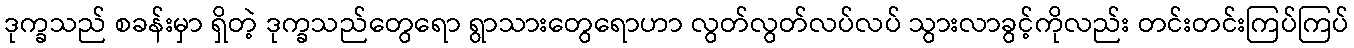
ဒုက္ခသည် စခန်းမှာ ရှိတဲ့ ဒုက္ခသည်တွေရော ရွာသားတွေရောဟာ လွတ်လွတ်လပ်လပ် သွားလာခွင့်ကိုလည်း တင်းတင်းကြပ်ကြပ်